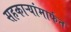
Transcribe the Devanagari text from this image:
सहकाऱ्यांमार्फत